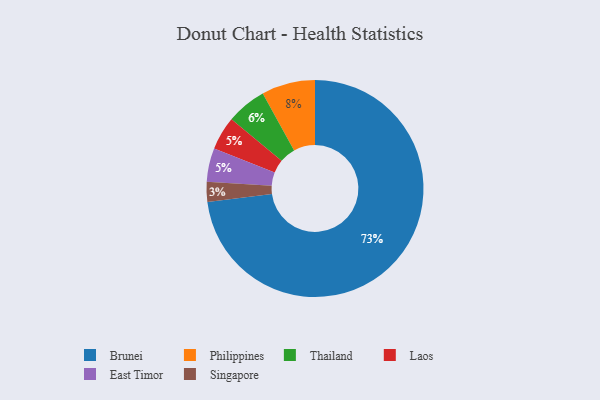
{"axis": {"x": "Category", "y": "Percentage"}, "legend": ["Brunei", "East Timor", "Laos", "Philippines", "Singapore", "Thailand"], "data": [{"x": "Thailand", "y": 6, "type": "Thailand"}, {"x": "Brunei", "y": 73, "type": "Brunei"}, {"x": "Laos", "y": 5, "type": "Laos"}, {"x": "Philippines", "y": 8, "type": "Philippines"}, {"x": "East Timor", "y": 5, "type": "East Timor"}, {"x": "Singapore", "y": 3, "type": "Singapore"}]}